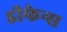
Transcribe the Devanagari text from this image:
डीफेन्स